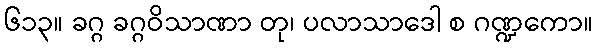
၆၁၃။ ခဂ္ဂ ခဂ္ဂဝိသာဏာ တု၊ ပလာသာဒေါ စ ဂဏ္ဍကော။